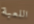
اللعبة